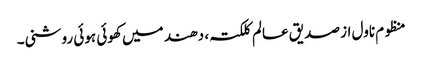
منظوم ناول از صدیق عالم کلکتہ ، دھند میں کھوئی ہوئی روشنی۔